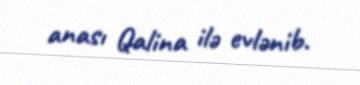
anası Qalina ilə evlənib.